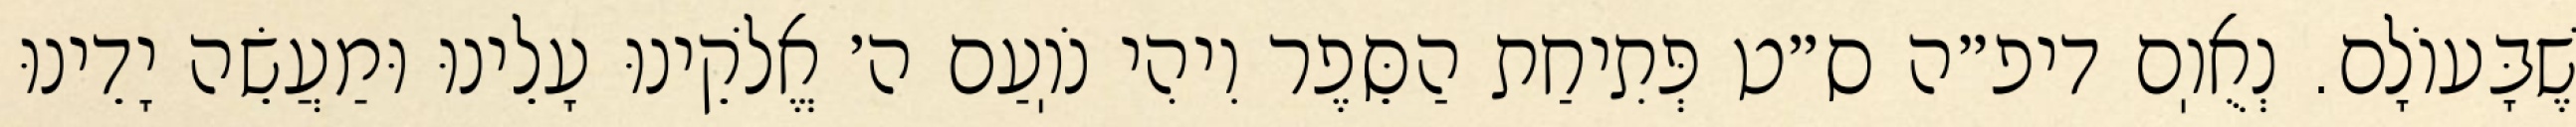
שֶׁבָּעוֹלָם. נְאֻוֽם דיפ״ה ס״ט פְּתִיחַת הַסֵּפֶר וִיהִי נֹוֽעַם ה׳ אֱלֹקֵינוּ עָלֵינוּ וּמַעֲשֵׂה יָדֵינוּ